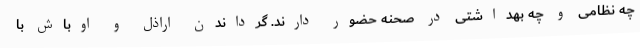
چه نظامی و چه بهداشتی در صحنه حضور دارند. گرداندن اراذل و اوباش با